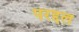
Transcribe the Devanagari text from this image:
परद्दल